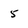
Character: 5